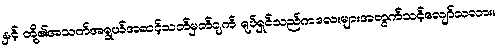
နှင့် တို့၏အသက်အရွယ်အဆင့်သတ်မှတ်ချက် ရုပ်ရှင်သည်ကလေးများအတွက်သင့်လျော်သလား။